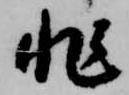
非